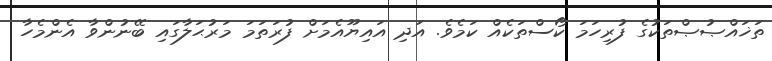
ތަޚައްޞުޞްތަކުގެ ފުރިހަމަ ކޯސްތަކެއް ކަމެވެ. އަދި އައިޔޫއެމަށް ފުރަތަމަ މަރުޙަލާގައި ބޭނުންވާ އެންމެހާ